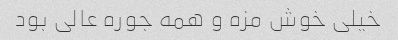
خیلی خوش مزه و همه جوره عالی بود